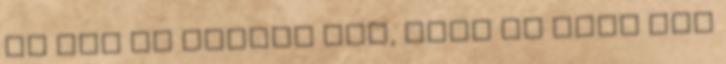
és azt is tegyük fel, hogy ha joga nem